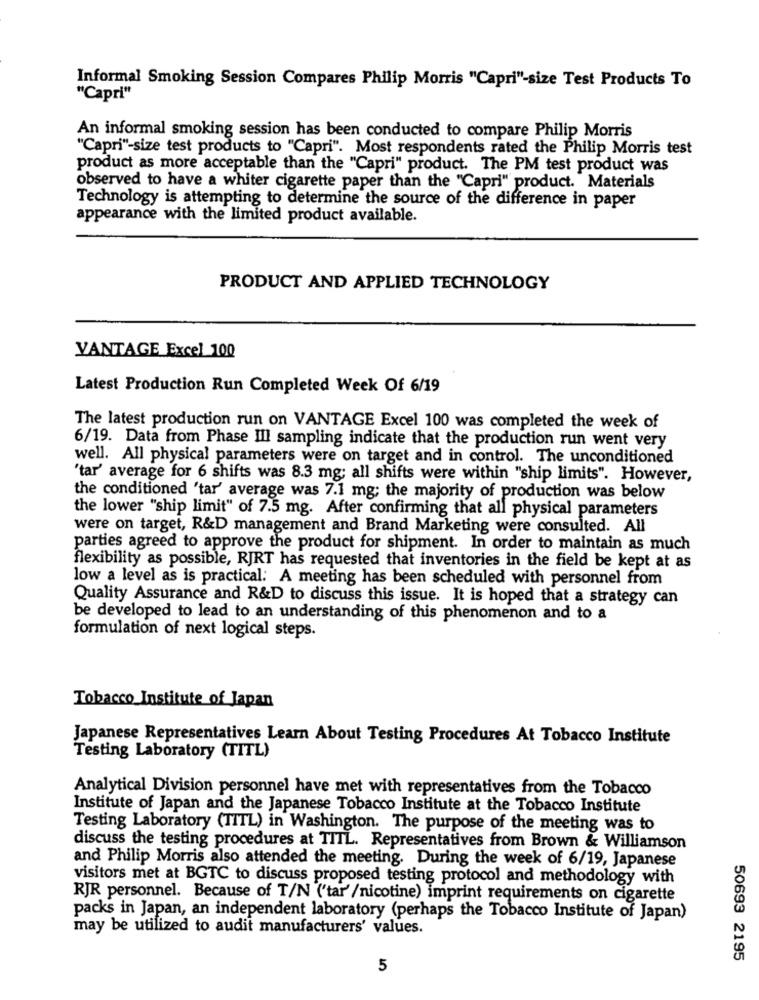
Informal Smoking Session Compares Philip Morris "Capri"-size Test Products To
"Capri"
An informal smoking session has been conducted to compare Philip Morris
"Capri"-size test products to "Capri". Most respondents rated the Philip Morris test
product as more acceptable than the "Capri" product. The PM test product was
observed to have a whiter cigarette paper than the "Capri" product. Materials
Technology is attempting to determine the source of the difference in paper
appearance with the limited product available.
PRODUCT AND APPLIED TECHNOLOGY
VANTAGE Excel 100
Latest Production Run Completed Week Of 6/19
The latest production run on VANTAGE Excel 100 was completed the week of
6/19. Data from Phase III sampling indicate that the production run went very
well. All physical parameters were on target and in control. The unconditioned
tar' average for 6 shifts was 8.3 mg; all shifts were within "ship limits". However,
the conditioned 'tar' average was 7.1 mg; the majority of production was below
the lower "ship limit" of 7.5 mg. After confirming that all physical parameters
were on target, R&D management and Brand Marketing were consulted. All
parties agreed to approve the product for shipment. In order to maintain as much
flexibility as possible, RJRT has requested that inventories in the field be kept at as
low a level as is practical: A meeting has been scheduled with personnel from
Quality Assurance and R&D to discuss this issue. It is hoped that a strategy can
be developed to lead to an understanding of this phenomenon and to a
formulation of next logical steps.
Tobacco Institute of Japan
Japanese Representatives Learn About Testing Procedures At Tobacco Institute
Testing Laboratory (TITL)
Analytical Division personnel have met with representatives from the Tobacco
Institute of Japan and the Japanese Tobacco Institute at the Tobacco Institute
Testing Laboratory (TITL) in Washington. The purpose of the meeting was to
discuss the testing procedures at TITL. Representatives from Brown & Williamson
and Philip Morris also attended the meeting. During the week of 6/19, Japanese
visitors met at BGTC to discuss proposed testing protocol and methodology with
RJR personnel. Because of T/N ('tar'/nicotine) imprint requirements on cigarette
packs in Japan, an independent laboratory (perhaps the Tobacco Institute of Japan)
may be utilized to audit manufacturers' values.
50693 2195
5